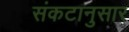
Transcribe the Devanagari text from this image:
संकटानुसार